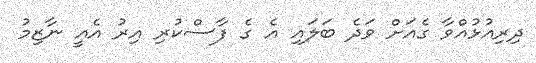
ދިރިއުޅުއްވާ ގެއަށް ވަދެ ބަލައި އެ ގެ ފާސްކުރި އިރު އެއީ ނާޒިމު